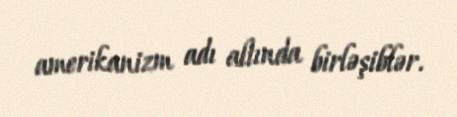
amerikanizm adı altında birləşiblər.